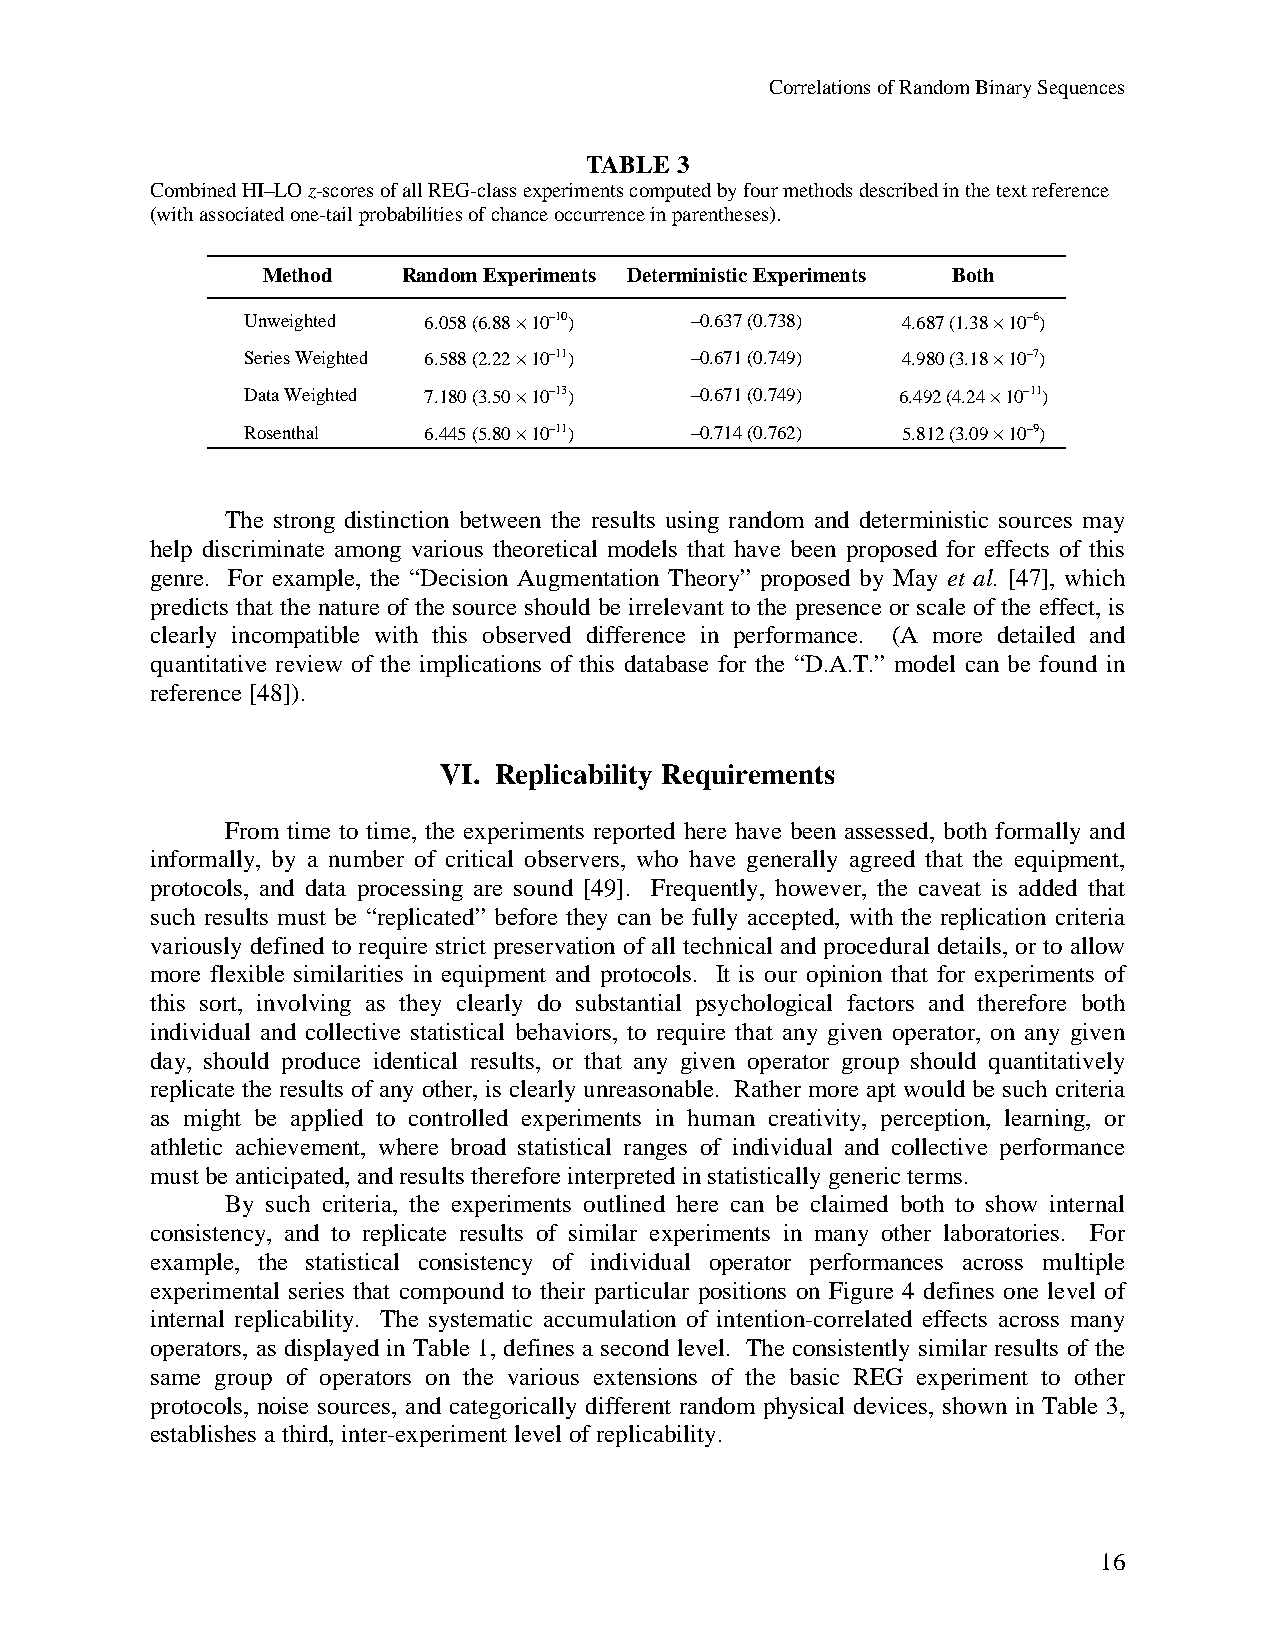
Correlations of Random Binary Sequences
 TABLE 3
 Combined HI–LO z-scores of all REG-class experiments computed by four methods described in the text reference
 (with associated one-tail probabilities of chance occurrence in parentheses).
 Method    Random Experiments Deterministic Experiments Both
 Unweighted  6.058 (6.88 · 10–10) –0.637 (0.738) 4.687 (1.38 · 10–6)
 Series Weighted 6.588 (2.22 · 10–11) –0.671 (0.749) 4.980 (3.18 · 10–7)
 Data Weighted 7.180 (3.50 · 10–13) –0.671 (0.749) 6.492 (4.24 · 10–11)
 Rosenthal   6.445 (5.80 · 10–11) –0.714 (0.762) 5.812 (3.09 · 10–9)
 The strong distinction between the results using random and deterministic sources may
 help discriminate among various theoretical models that have been proposed for effects of this
 genre. For example, the “Decision Augmentation Theory” proposed by May et al. [47], which
 predicts that the nature of the source should be irrelevant to the presence or scale of the effect, is
 clearly incompatible with this observed difference in performance. (A more detailed and
 quantitative review of the implications of this database for the “D.A.T.” model can be found in
 reference [48]).
 VI. Replicability Requirements
 From time to time, the experiments reported here have been assessed, both formally and
 informally, by a number of critical observers, who have generally agreed that the equipment,
 protocols, and data processing are sound [49]. Frequently, however, the caveat is added that
 such results must be “replicated” before they can be fully accepted, with the replication criteria
 variously defined to require strict preservation of all technical and procedural details, or to allow
 more flexible similarities in equipment and protocols. It is our opinion that for experiments of
 this sort, involving as they clearly do substantial psychological factors and therefore both
 individual and collective statistical behaviors, to require that any given operator, on any given
 day, should produce identical results, or that any given operator group should quantitatively
 replicate the results of any other, is clearly unreasonable. Rather more apt would be such criteria
 as might be applied to controlled experiments in human creativity, perception, learning, or
 athletic achievement, where broad statistical ranges of individual and collective performance
 must be anticipated, and results therefore interpreted in statistically generic terms.
 By such criteria, the experiments outlined here can be claimed both to show internal
 consistency, and to replicate results of similar experiments in many other laboratories. For
 example, the statistical consistency of individual operator performances across multiple
 experimental series that compound to their particular positions on Figure 4 defines one level of
 internal replicability. The systematic accumulation of intention-correlated effects across many
 operators, as displayed in Table 1, defines a second level. The consistently similar results of the
 same group of operators on the various extensions of the basic REG experiment to other
 protocols, noise sources, and categorically different random physical devices, shown in Table 3,
 establishes a third, inter-experiment level of replicability.
 16